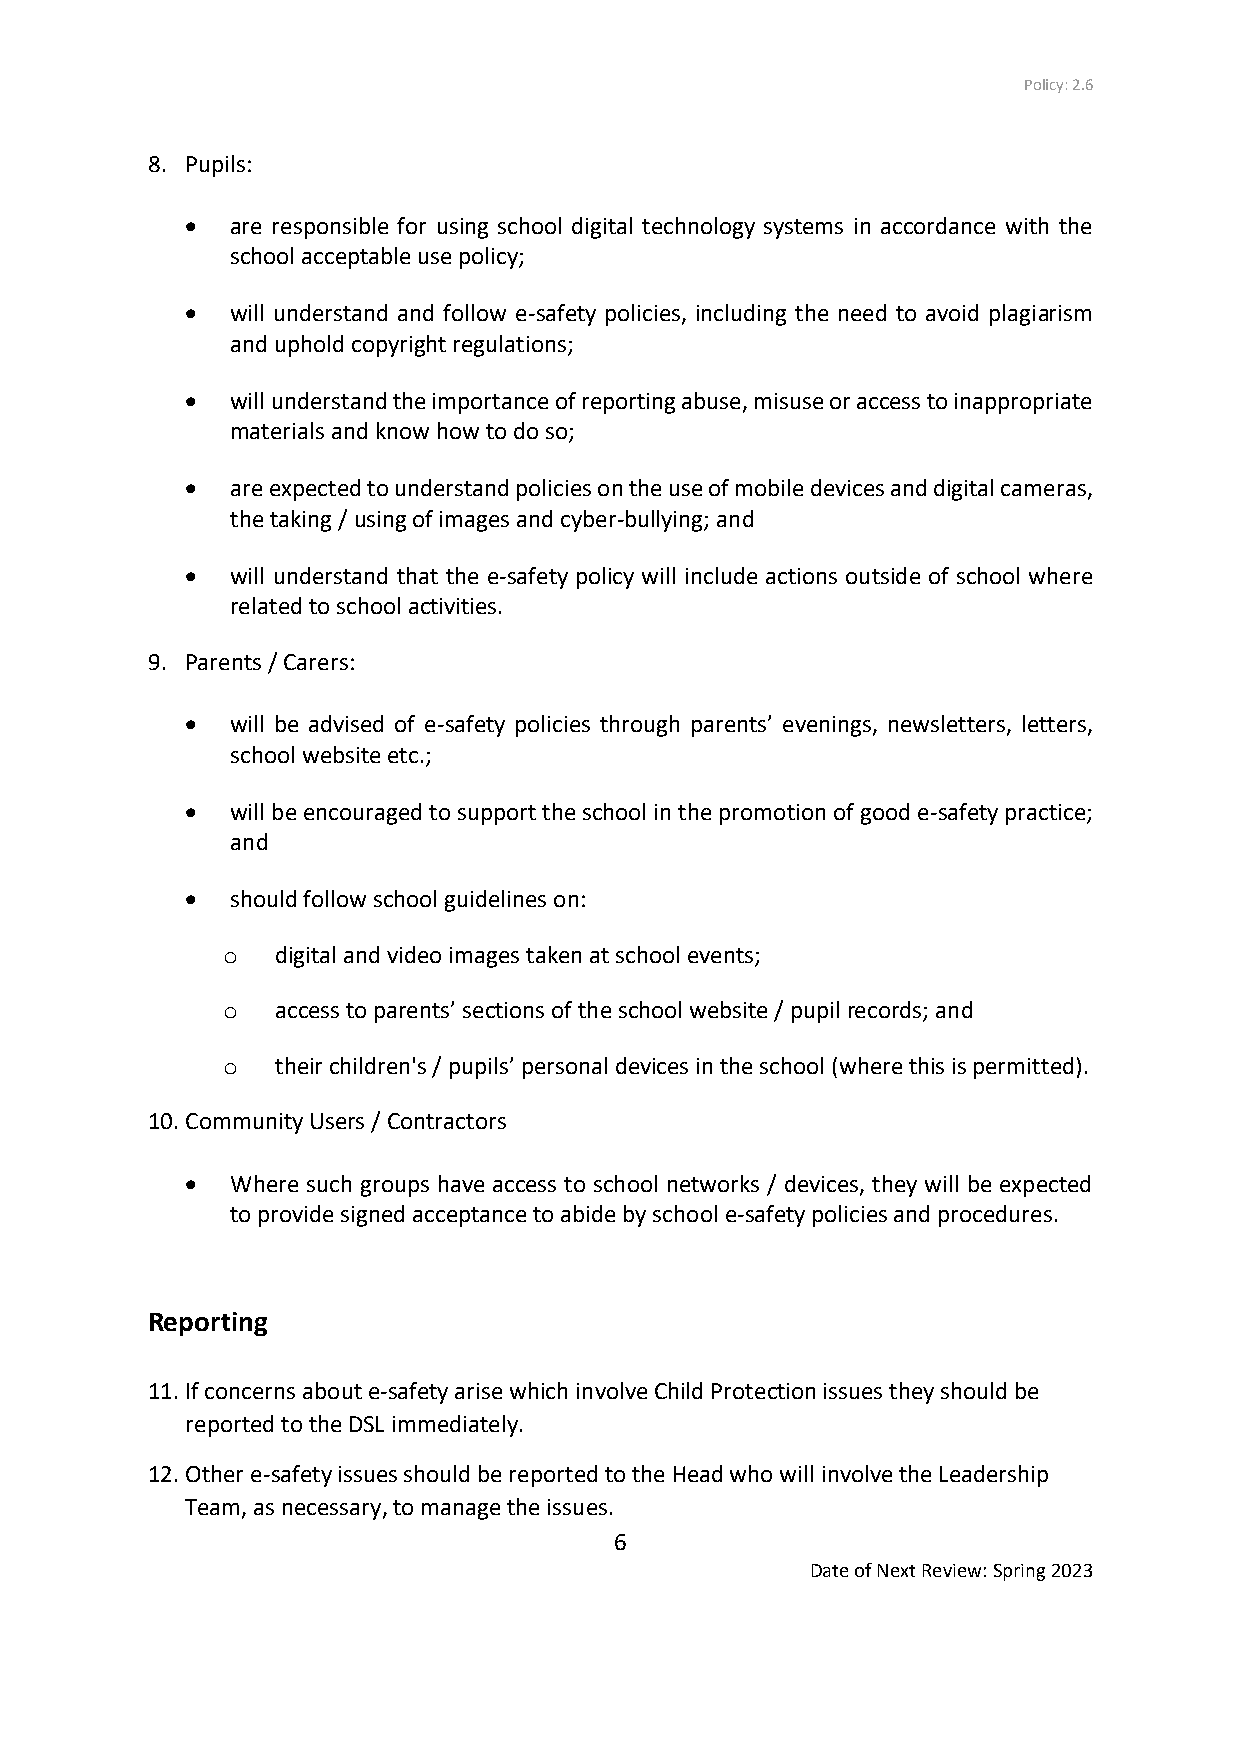
Policy: 2.6
 8. Pupils:
   are responsible for using school digital technology systems in accordance with the
 school acceptable use policy;
   will understand and follow e-safety policies, including the need to avoid plagiarism
 and uphold copyright regulations;
   will understand the importance of reporting abuse, misuse or access to inappropriate
 materials and know how to do so;
   are expected to understand policies on the use of mobile devices and digital cameras,
 the taking / using of images and cyber-bullying; and
   will understand that the e-safety policy will include actions outside of school where
 related to school activities.
 9. Parents / Carers:
   will be advised of e-safety policies through parents’ evenings, newsletters, letters,
 school website etc.;
   will be encouraged to support the school in the promotion of good e-safety practice;
 and
   should follow school guidelines on:
 o  digital and video images taken at school events;
 o  access to parents’ sections of the school website / pupil records; and
 o  their children's / pupils’ personal devices in the school (where this is permitted).
 10. Community Users / Contractors
   Where such groups have access to school networks / devices, they will be expected
 to provide signed acceptance to abide by school e-safety policies and procedures.
 Reporting
 11. If concerns about e-safety arise which involve Child Protection issues they should be
 reported to the DSL immediately.
 12. Other e-safety issues should be reported to the Head who will involve the Leadership
 Team, as necessary, to manage the issues.
 6
 Date of Next Review: Spring 2023